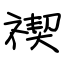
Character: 禊